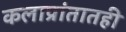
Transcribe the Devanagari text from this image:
कलाप्रांतातही